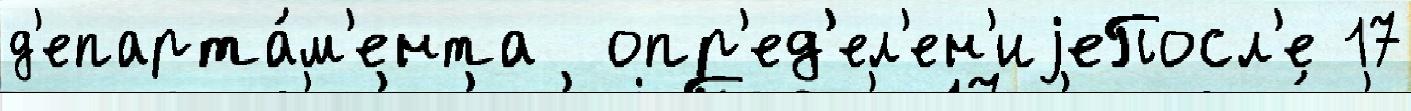
д'епарта́м'ента  опр'ед'ел'ен'иjеПосл'е 17